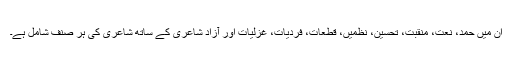
ان میں حمد، نعت، منقبت، تحسین، نظمیں، قطعات، فردیات، غزلیات اور آزاد شاعری کے ساتھ شاعری کی ہر صنف شامل ہے۔